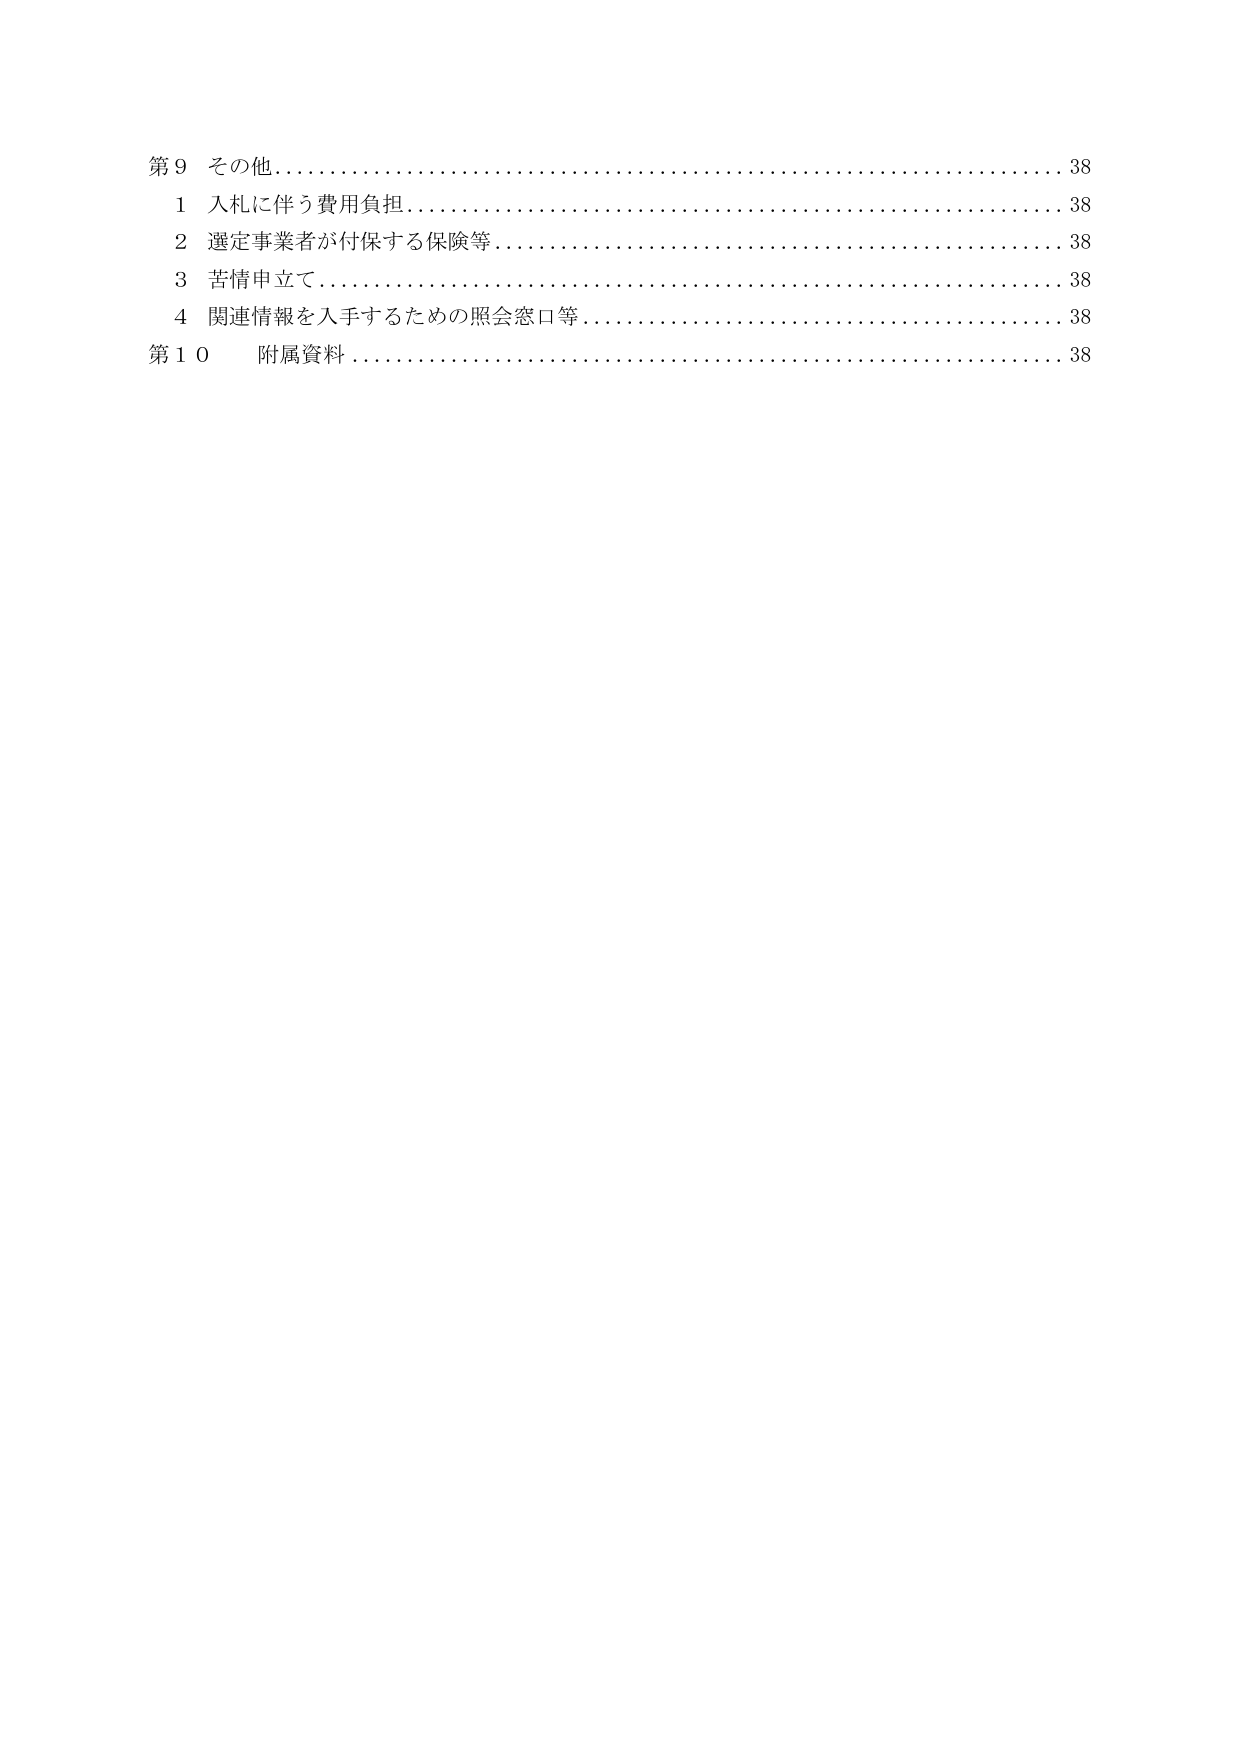
第９ その他……………………………………………………………38
　１ 入札に伴う費用負担……………………………………………38
　２ 選定事業者が付保する保険等…………………………………38
　３ 苦情申立て……………………………………………………38
　４ 関連情報を入手するための照会窓口等………………………38
第１０ 附属資料……………………………………………………38